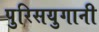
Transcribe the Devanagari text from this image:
पुरिसयुगानी